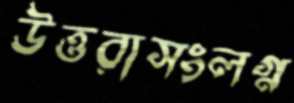
উত্তরাসংলগ্ন